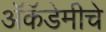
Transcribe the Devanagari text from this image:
अॅकॅडेमीचे